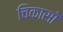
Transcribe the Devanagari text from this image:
चिकासॉ